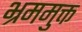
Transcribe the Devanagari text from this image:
भ्रममुक्त